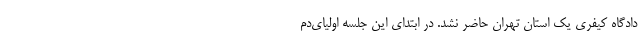
دادگاه کیفری یک استان تهران حاضر نشد. در ابتدای این جلسه اولیای‌دم